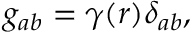
g _ { a b } = \gamma ( r ) \delta _ { a b } ,